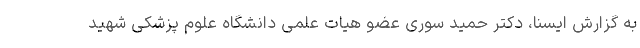
به گزارش ایسنا، دکتر حمید سوری عضو هیات علمی دانشگاه علوم پزشکی شهید